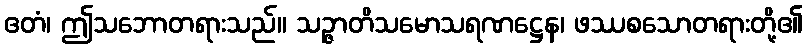
ဧတံ၊ ဤသဘောတရားသည်။ သဉ္ဇာတိသမောသရဏဋ္ဌေန၊ ဖဿစသောတရားတို့၏